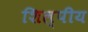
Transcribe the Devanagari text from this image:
शिल्पीय